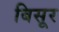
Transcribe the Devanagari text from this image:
बिसूर